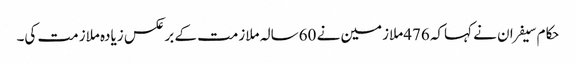
حکام سیفران نے کہاکہ 476ملازمین نے 60سالہ ملازمت کے برعکس زیادہ ملازمت کی۔